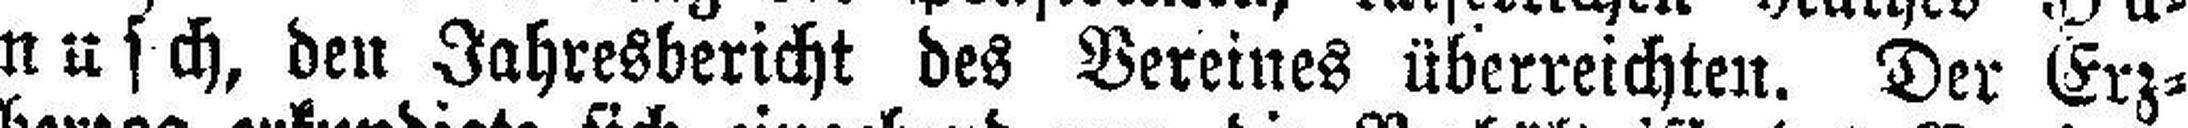
nusch, den Jahresbericht des Vereines überreichten. Der Erz¬